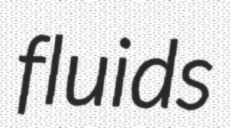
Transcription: fluids